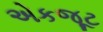
એકજૂટ